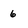
Character: 6